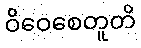
ဝိဝေစေတူတိ